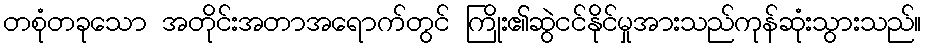
တစုံတခုသော အတိုင်းအတာအရောက်တွင် ကြိုး၏ဆွဲငင်နိုင်မှုအားသည်ကုန်ဆုံးသွားသည်။